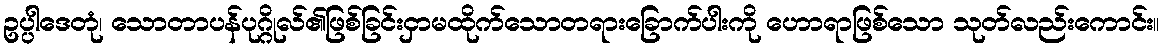
ဥပ္ပါဒေတုံ၊ သောတာပန်ပုဂ္ဂိုလ်၏ဖြစ်ခြင်းငှာမထိုက်သောတရားခြောက်ပါးကို ဟောရာဖြစ်သော သုတ်လည်းကောင်း။